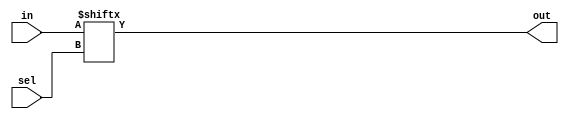
module mux(in,sel,out);
input [15:0]in;
input [3:0] sel;
output out;

assign out=in[sel];

endmodule